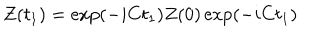
LaTeX: Z ( t _ { 1 } ) = \exp ( - i C t _ { 1 } ) Z ( 0 ) \exp ( - i C t _ { 1 } )